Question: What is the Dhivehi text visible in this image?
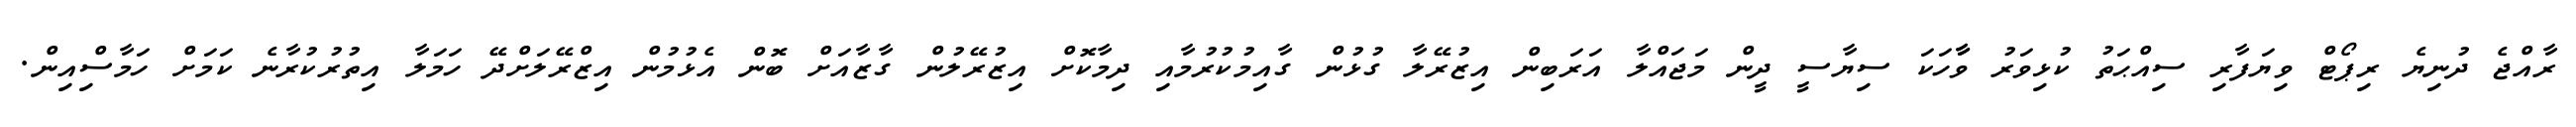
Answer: ރާއްޖެ ދުނިޔެ ރިޕޯޓް ވިޔަފާރި ސިއްޙަތު ކުޅިވަރު ވާާހަކަ ސިޔާސީ ދީން މަޖައްލާ އަރަބިން އިޒުރޭލާ ގުޅުން ގާއިމުކުރުމާއި ދިމާކޮށް އިޒުރޭލުން ގާޒާއަށް ބޮން އެޅުމުން އިޒްރޭލަށްދޭ ހަމަލާ އިތުރުކުރާނެ ކަމަށް ހަމާސްިއިން.